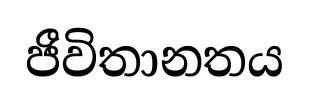
ජීවිතානතය